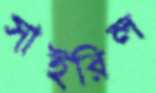
সাইরিল